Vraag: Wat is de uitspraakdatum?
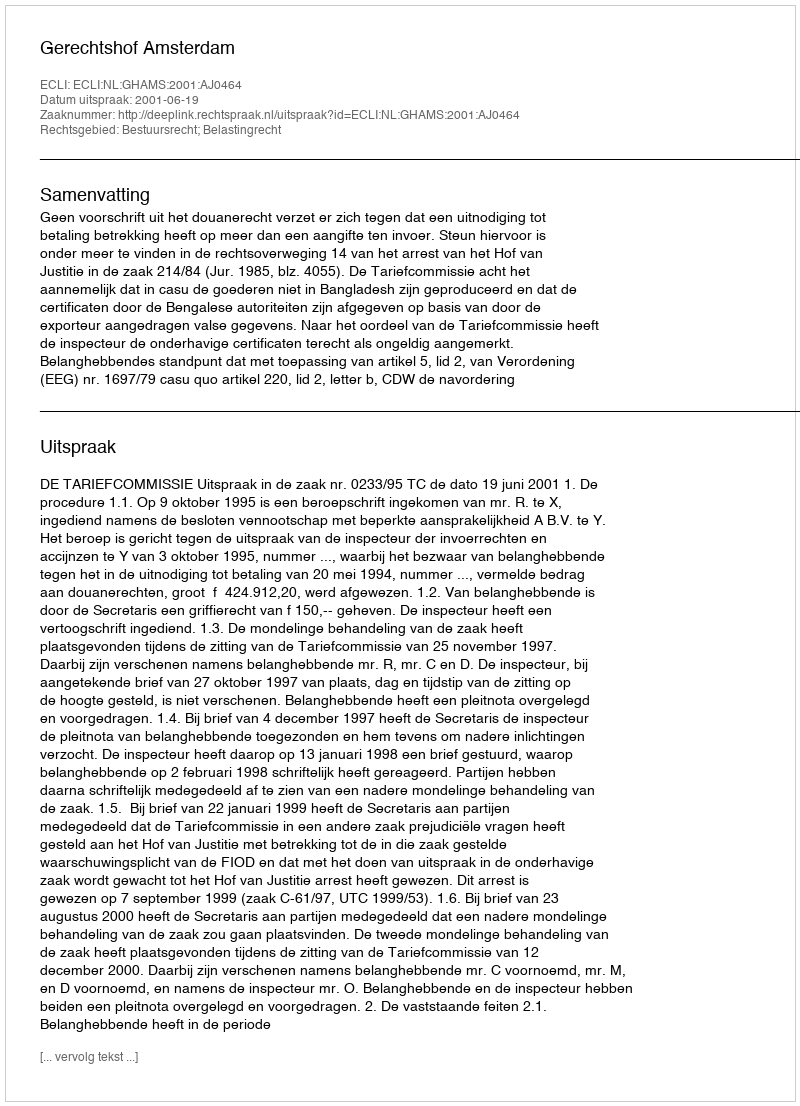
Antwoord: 2001-06-19